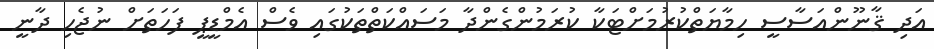
އަދި ޤާނޫންއަސާސީ ހިމާޔަތްކުރުމަށްޓަކާ ކުރަމުންގެންދާ މަސައްކަތްތަކުގައި ވެސް އެމްޑީޕީ ފަހަތަށް ނުޖެހި ދާނީ